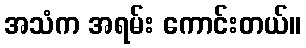
အသံက အရမ်း ကောင်းတယ်။